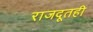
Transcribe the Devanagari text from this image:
राजदूतही